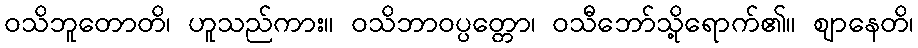
ဝသိဘူတောတိ၊ ဟူသည်ကား။ ဝသိဘာဝပ္ပတ္တော၊ ဝသီဘော်သို့ရောက်၏။ ဈာနေတိ၊